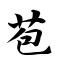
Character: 苞